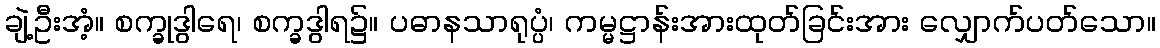
ချဲ့ဦးအံ့။ စက္ခုဒွါရေ၊ စက္ခဒွါရ၌။ ပဓာနသာရုပ္ပံ၊ ကမ္မဋ္ဌာန်းအားထုတ်ခြင်းအား လျှောက်ပတ်သော။